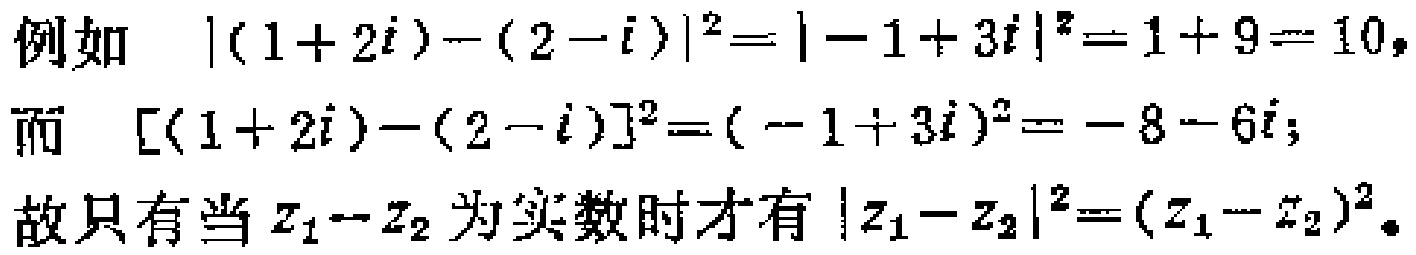
例如 \(|(1 + 2i)-(2 - i)|^{2}=|-1 + 3i|^{2}=1 + 9 = 10\)，
而 \([(1 + 2i)-(2 - i)]^{2}=(-1 + 3i)^{2}=-8 - 6i\)；
故只有当 \(z_{1}-z_{2}\) 为实数时才有 \(|z_{1}-z_{2}|^{2}=(z_{1}-z_{2})^{2}\)。